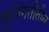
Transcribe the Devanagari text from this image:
कुसंगतीतील